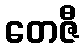
တေဇီ